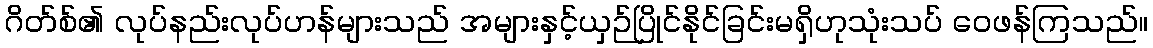
ဂိတ်စ်၏ လုပ်နည်းလုပ်ဟန်များသည် အများနှင့်ယှဉ်ပြိုင်နိုင်ခြင်းမရှိဟုသုံးသပ် ဝေဖန်ကြသည်။